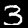
Label: 3